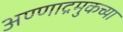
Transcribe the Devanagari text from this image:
अण्णाद्रमुकच्या